Insane asylums in Bengal annual reports 1876-1887 - 1876-1887
Year: 1876
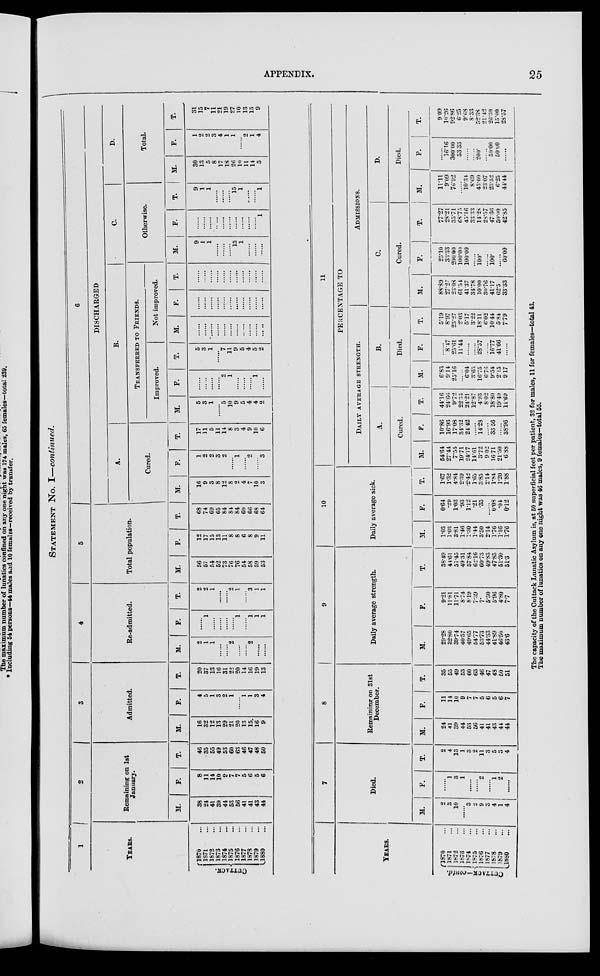
APPENDIX.
25
STATEMENT No. I—continued.
1
YEARS.
CUTTACK.
1870 ...
1871 ...
1872 ...
1873 ...
1874 ...
1875 ...
1876 ...
1877 ...
1878 ...
1879 ...
1880 ...
2
Remaining on 1st
January.
M.
38
24
41
39
44
53
56
41
41
43
44
F.
8
11
14
10
2
7
7
5
6
5
6
T.
46
35
55
49
53
60
63
46
47
48
50
3
Admitted.
M.
16
32
12
13
29
21
20
13
15
16
9
F.
4
5
1
3
2
1
......
1
1
3
4
T.
20
37
13
16
31
21
20
14
16
19
13
4
Re-admitted.
M.
2
1
1
......
......
2
......
......
2
......
......
F.
......
1
......
......
......
......
1
......
1
1
1
T.
2
2
1
......
......
2
1
......
3
1
1
5
Total population.
M.
56
57
54
52
73
76
76
54
58
59
53
F.
12
17
15
13
11
8
8
6
8
9
11
T.
68
74
69
65
84
84
84
60
66
68
64
6
DISCHARGED
A.
Cured.
M.
16
9
3
8
12
8
2
4
7
10
3
F.
1
2
2
3
2
......
1
......
2
......
3
T.
17
11
5
11
14
8
3
4
9
10
6
B.
TRANSFERRED TO FRIENDS.
Improved.
M.
5
3
1
......
5
10
9
5
4
4
2
F.
......
......
......
......
2
1
......
......
......
1
......
T.
5
3
1
......
7
11
9
5
4
5
2
Not improved.
M.
......
......
......
......
......
......
......
......
......
......
F.
......
......
......
......
......
......
......
......
......
......
......
T.
......
......
......
......
......
......
......
......
......
......
......
C.
Otherwise.
M.
9
1
1
......
......
......
15
1
......
......
......
F.
......
......
......
......
......
......
......
......
......
......
1
T.
9
1
1
......
......
......
15
1
.....
......
1
D.
Total.
M.
30
13
5
8
17
18
26
10
11
14
5
F.
1
2
2
3
4
1
1
......
2
1
4
T.
31
15
7
11
21
19
27
10
13
15
9
YEARS.
CUTTACK—contd.
1870 ...
1871 ...
1872 ...
1873 ...
1874 ...
1875 ...
1876 ...
1877 ...
1878 ...
1879 ...
1880 ...
7
Died.
M.
2
3
10
......
3
2
9
3
4
1
4
F.
......
1
3
1
......
......
2
......
1
2
......
T.
2
4
13
1
3
2
11
3
5
3
4
8
Remaining on 31st
December.
M.
24
41
39
44
53
56
41
41
43
44
44
F.
11
14
10
9
7
7
5
6
5
6
7
T.
35
55
49
53
60
63
46
47
48
50
51
9
Daily average strength.
M.
29.28
32.80
39.74
40.57
49.65
54.77
53.73
44.33
41.89
46.50
43.6
F.
9.21
11.81
11.71
8.74
8.19
7.39
7.
5.50
5.96
4.80
7.7
T.
38.49
44.61
51.45
49.31
57.84
62.16
60.73
49.83
47.85
51.30
51.3
10
Daily average sick.
M.
1.03
1.03
3.81
1.46
1.30
1.44
3.50
2.14
1.76
1.16
1.76
F.
0.64
.29
1.03
.93
1.12
.21
.35
......
0.08
.04
0.12
T.
1.67
1.32
4.84
2.39
2.42
1.65
3.85
2.14
1.84
1.20
1.88
11
PERCENTAGE TO
DAILY AVERAGE STRENGTH.
A.
Cured.
M.
54.64
27.44
7.55
19.71
24.17
14.61
3.72
9.02
16.71
21.50
6.88
F.
10.86
16.93
17.08
34.32
24.42
......
14.28
......
33.56
......
38.96
T.
44.16
24.66
9.72
22.33
24.21
12.87
4.93
8.02
18.80
19.49
11.69
B.
Died.
M.
6.83
9.14
25.16
......
6.04
3.65
16.75
6.76
9.54
2.15
9.17
F.
......
8.47
25.61
11.44
......
......
28.57
......
16.77
41.66
......
T.
5.19
8.97
25.27
2.03
5.17
3.22
18.11
6.02
10.44
5.84
7.79
ADMISSIONS.
C.
Cured.
M.
88.89
27.27
23.08
61.54
41.37
34.78
10.00
30.76
41.17
62.5
33.33
F.
25.10
33.33
200.00
100.00
100.00
......
100.
......
l00.
......
60.00
T.
77.27
28.21
35.71
68.75
45.16
33.33
14.28
28.57
47.36
50.00
42.85
D.
Died.
M.
11.11
9.09
76.92
......
10.34
8.69
45.00
23.07
23.52
6.25
44.44
F.
......
16.16
300.00
33.33
......
......
200.
......
50.00
50.00
......
T.
9.09
10.26
92.86
6.25
9.68
8.33
52.38
21.42
26.30
15.00
28.57
The capacity of the Cuttack Lunatic Asylum is, at 50 superficial feet per patient, 32 for males, 11 for females—total 43.
The maximum number of lunatics on any one night was 46 males, 9 females—total 55.